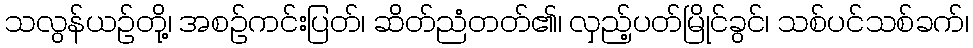
သလွန်ယဉ်တို့၊ အစဉ်ကင်းပြတ်၊ ဆိတ်ညံတတ်၏၊ လှည့်ပတ်မြိုင်ခွင်၊ သစ်ပင်သစ်ခက်၊